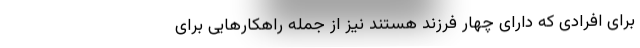
برای افرادی که دارای چهار فرزند هستند نیز از جمله راهکارهایی برای